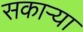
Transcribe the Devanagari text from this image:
सकाऱ्या